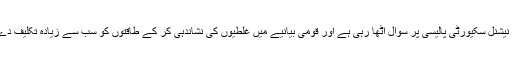
یہ جماعت نیشنل سکیورٹی پالیسی پر سوال اٹھا رہی ہے اور قومی بیانیے میں غلطیوں کی نشاندہی کر کے طاقتوں کو سب سے زیادہ تکلیف دے رہی ہے۔